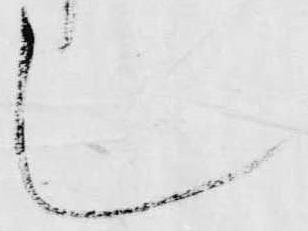
し